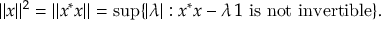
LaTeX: \| x \| ^ { 2 } = \| x ^ { * } x \| = \operatorname* { s u p } \{ | \lambda | : x ^ { * } x - \lambda \, 1 { \mathrm { ~ i s ~ n o t ~ i n v e r t i b l e } } \} .